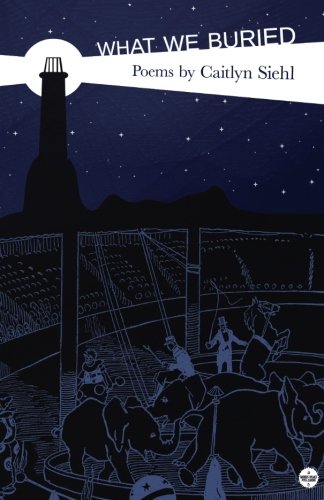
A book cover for What We Buried; Caitlyn Siehl; Literature & Fiction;